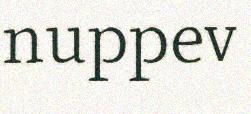
nuppev